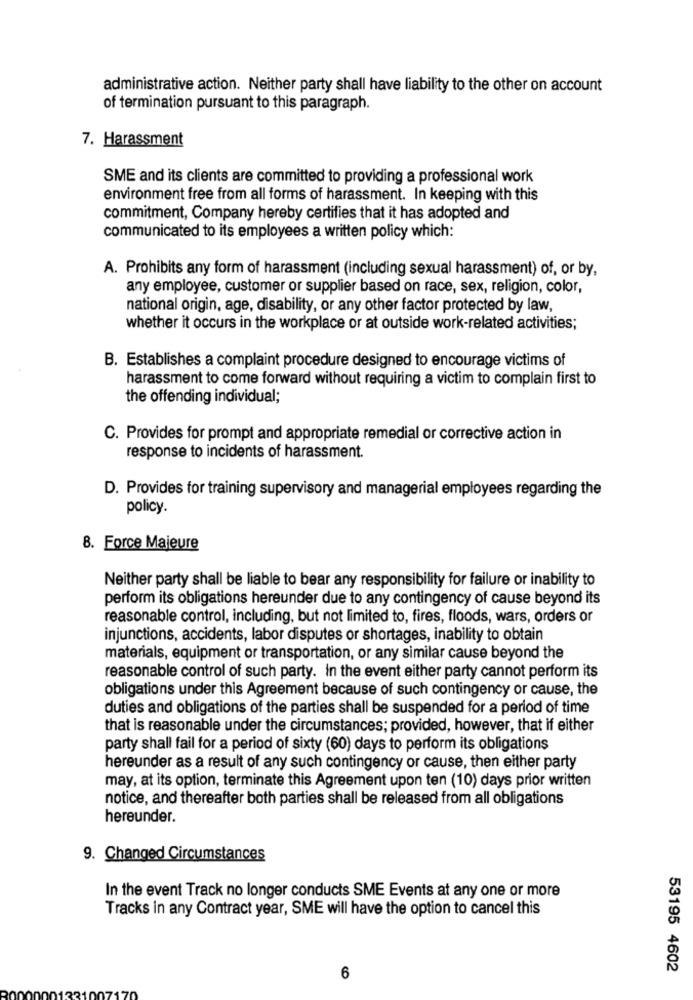
administrative action. Neither party shall have liability to the other on account
of termination pursuant to this paragraph.
7. Harassment
SME and its clients are committed to providing a professional work
environment free from all forms of harassment. In keeping with this
commitment, Company hereby certifies that it has adopted and
communicated to its employees a written policy which:
A. Prohibits any form of harassment (including sexual harassment) of, or by,
any employee, customer or supplier based on race, sex, religion, color,
national origin, age, disability, or any other factor protected by law,
whether it occurs in the workplace or at outside work-related activities;
B. Establishes a complaint procedure designed to encourage victims of
harassment to come forward without requiring a victim to complain first to
the offending individual;
C. Provides for prompt and appropriate remedial or corrective action in
response to incidents of harassment.
D. Provides for training supervisory and managerial employees regarding the
policy.
8. Force Majeure
Neither party shall be liable to bear any responsibility for failure or inability to
perform its obligations hereunder due to any contingency of cause beyond its
reasonable control, including, but not limited to, fires, floods, wars, orders or
injunctions, accidents, labor disputes or shortages, inability to obtain
materials, equipment or transportation, or any similar cause beyond the
reasonable control of such party. In the event either party cannot perform its
obligations under this Agreement because of such contingency or cause, the
duties and obligations of the parties shall be suspended for a period of time
that is reasonable under the circumstances; provided, however, that if either
party shall fail for a period of sixty (60) days to perform its obligations
hereunder as a result of any such contingency or cause, then either party
may, at its option, terminate this Agreement upon ten (10) days prior written
notice, and thereafter both parties shall be released from all obligations
hereunder.
9. Changed Circumstances
In the event Track no longer conducts SME Events at any one or more
Tracks in any Contract year, SME will have the option to cancel this
53195 4602
6